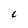
Character: C